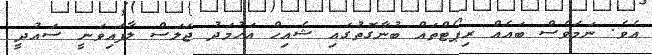
އެވެ. ނަމަވެސް ބައެއް ރިޕޯޓްތައް ބުނާގޮތުގައި ޝެއިހް އަހުމަދު ޖަލަސް ލާފައިވަނީ ސައުދީ